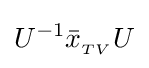
U^{-1}{\bar {x}}_{{}_{TV}}U